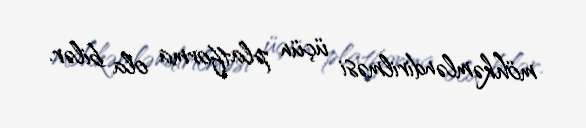
möhkəmləndirilməsi üçün platforma ola bilər.